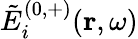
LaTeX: \tilde{E}_{i}^{(0,+)}(\mathbf{r},\omega)